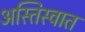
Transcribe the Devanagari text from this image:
अस्तिस्वात